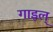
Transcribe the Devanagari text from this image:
गाइल्